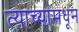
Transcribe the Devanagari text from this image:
त्यांच्यामधून